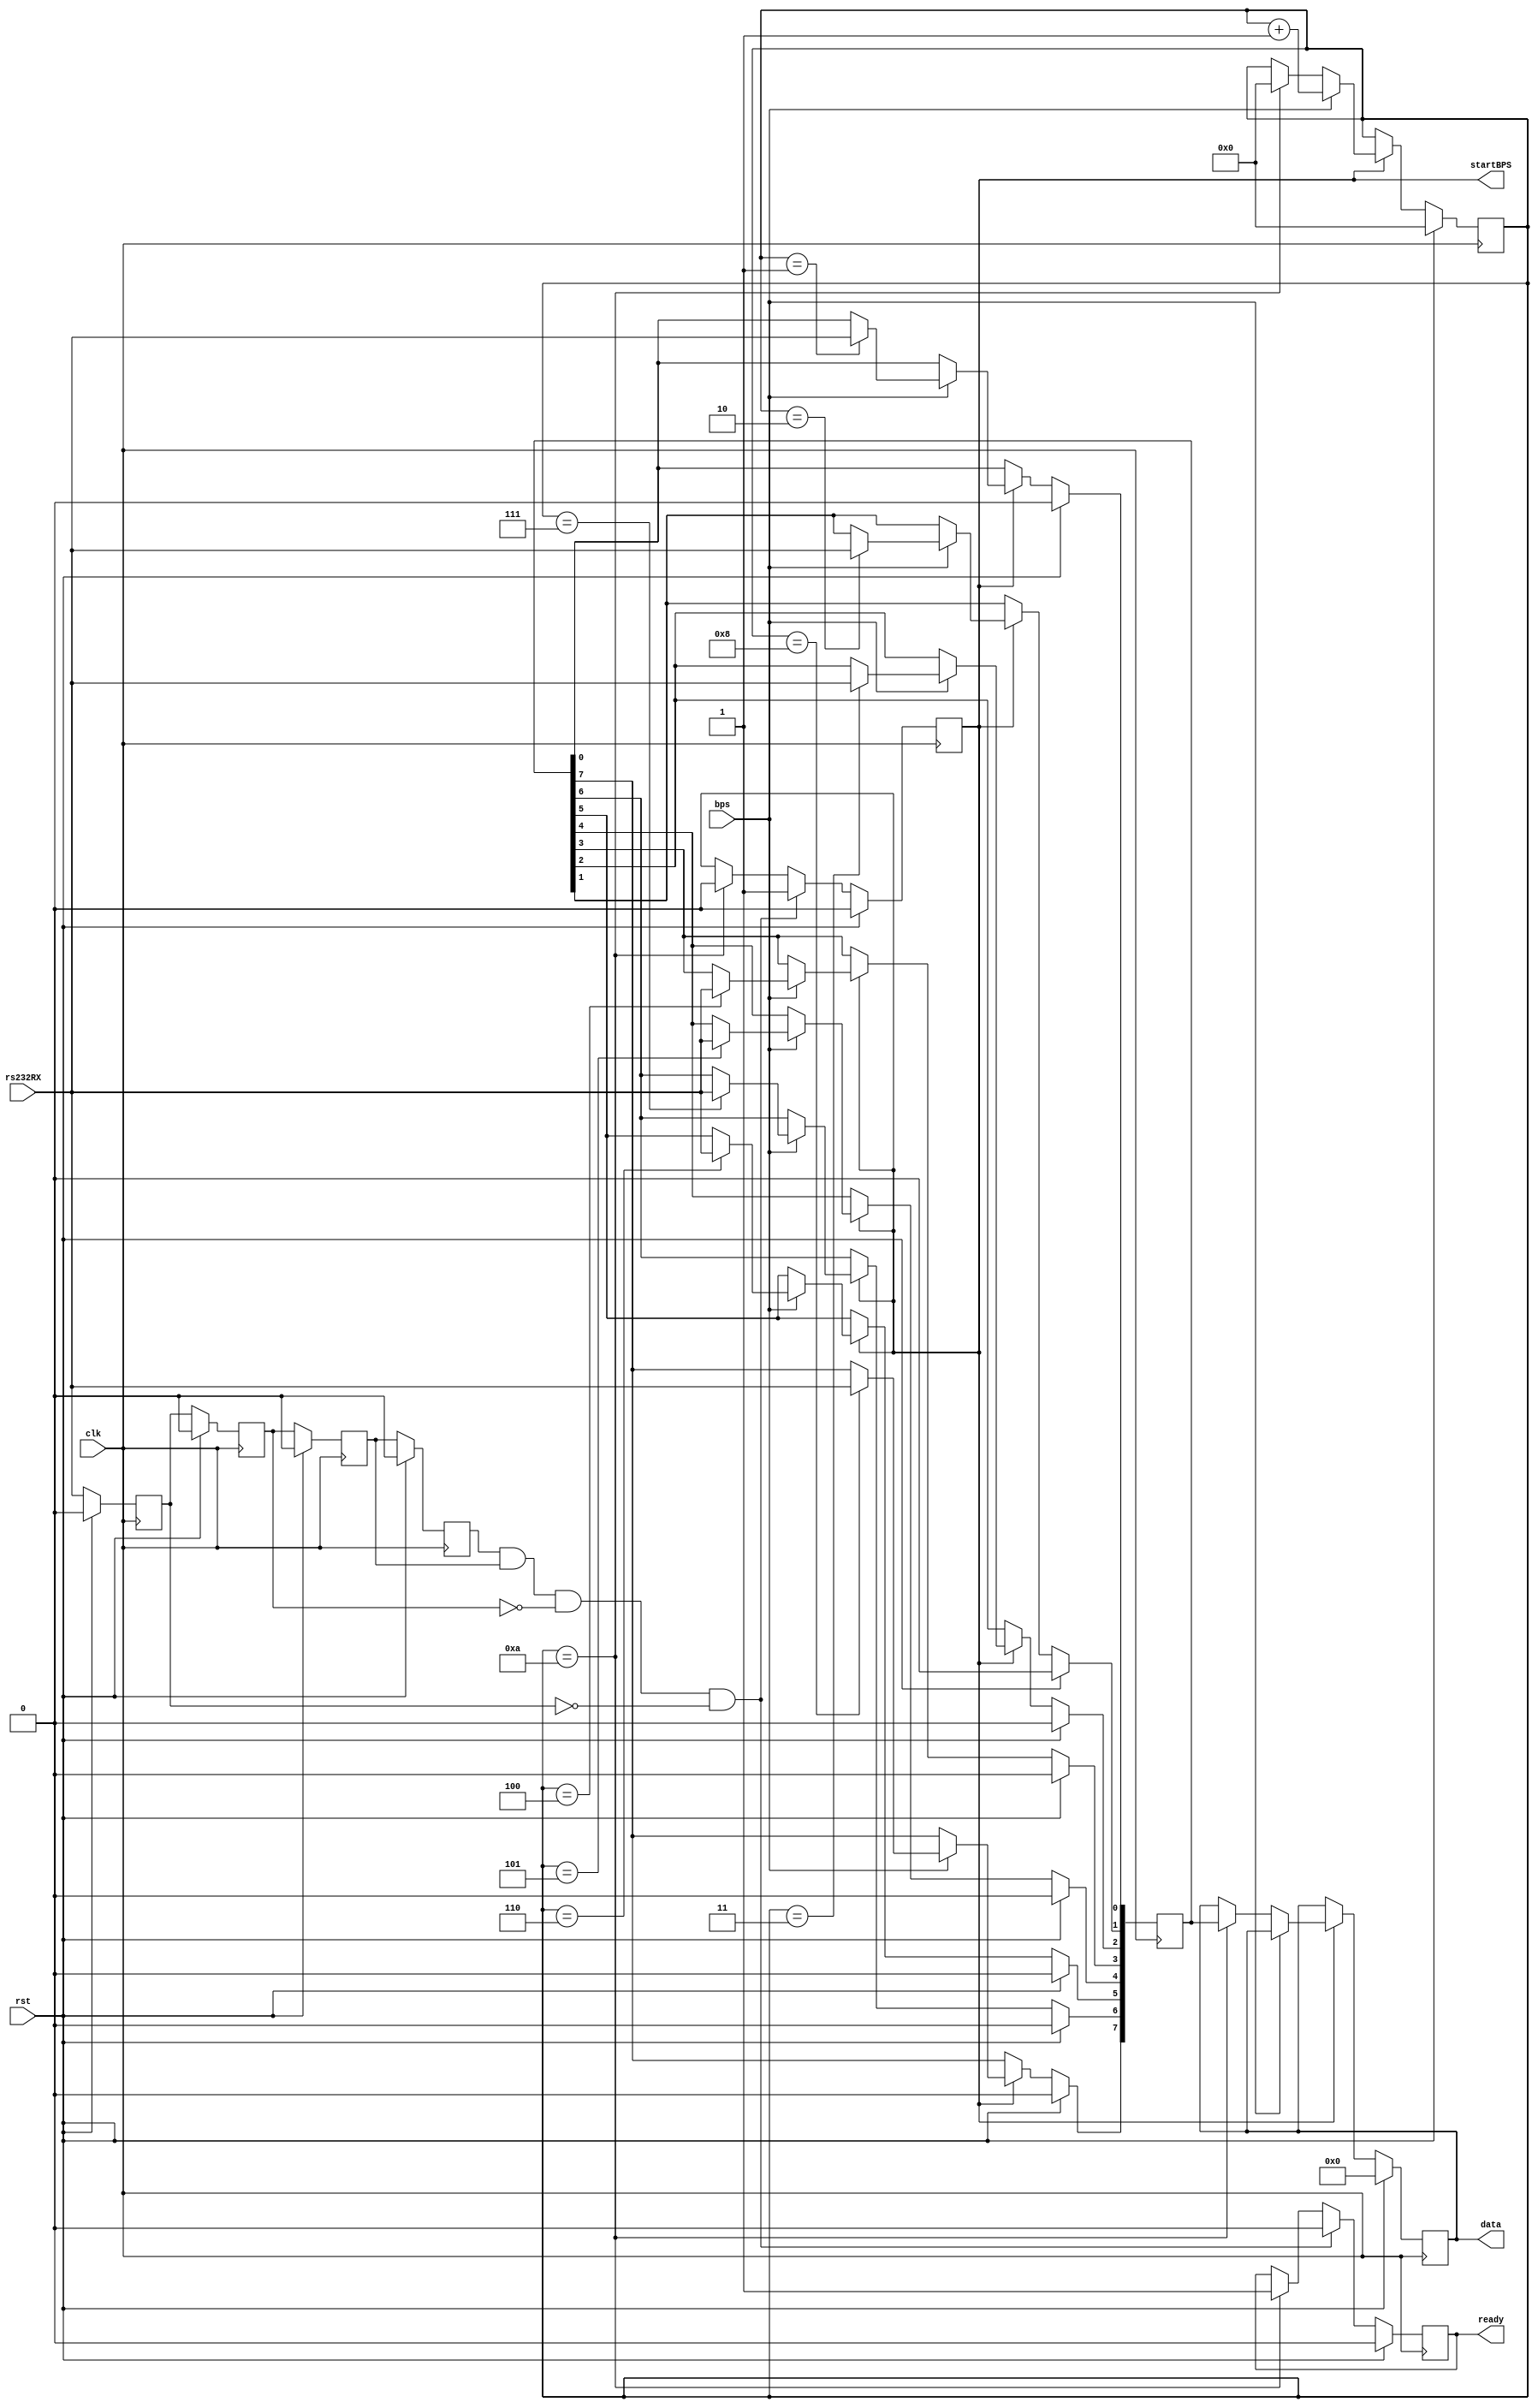
module RS232RX (
    input wire clk,
    input wire rst,
    input wire rs232RX,
    output reg[7:0] data,
    output reg ready,
    input wire bps,
    output reg startBPS
    );
reg rx0, rx1, rx2, rx3;
always @(posedge clk) begin
    if (rst) begin
        rx0 <= 1'b0;
        rx1 <= 1'b0;
        rx2 <= 1'b0;
        rx3 <= 1'b0;
    end else begin
        rx0 <= rs232RX;
        rx1 <= rx0;
        rx2 <= rx1;
        rx3 <= rx2;
    end
end
wire rxNegEdge = rx3 & rx2 & ~rx1 & ~rx0;
reg[3:0] state;
always @(posedge clk) begin
    if (rst) begin
        startBPS <= 1'b0;
        ready <= 1'b0;
    end else if (rxNegEdge) begin
        startBPS <= 1'b1;
        ready <= 1'b0;
    end else if (state == 4'd10) begin
        startBPS <= 1'b0;
        ready <= 1'b1;
    end
end
reg[7:0] dataTemp;
always @(posedge clk) begin
    if (rst) begin
        dataTemp <= 8'b0;
        data <= 8'b0;
        state <= 4'b0;
    end else if (startBPS) begin
        if (bps) begin
            state <= state + 4'b1;
            case (state)
                4'd1: dataTemp[0] <= rs232RX;
                4'd2: dataTemp[1] <= rs232RX;
                4'd3: dataTemp[2] <= rs232RX;
                4'd4: dataTemp[3] <= rs232RX;
                4'd5: dataTemp[4] <= rs232RX;
                4'd6: dataTemp[5] <= rs232RX;
                4'd7: dataTemp[6] <= rs232RX;
                4'd8: dataTemp[7] <= rs232RX;
            endcase
        end else if (state == 4'd10) begin
            state <= 4'b0;
            data <= dataTemp;
        end
    end
end
endmodule